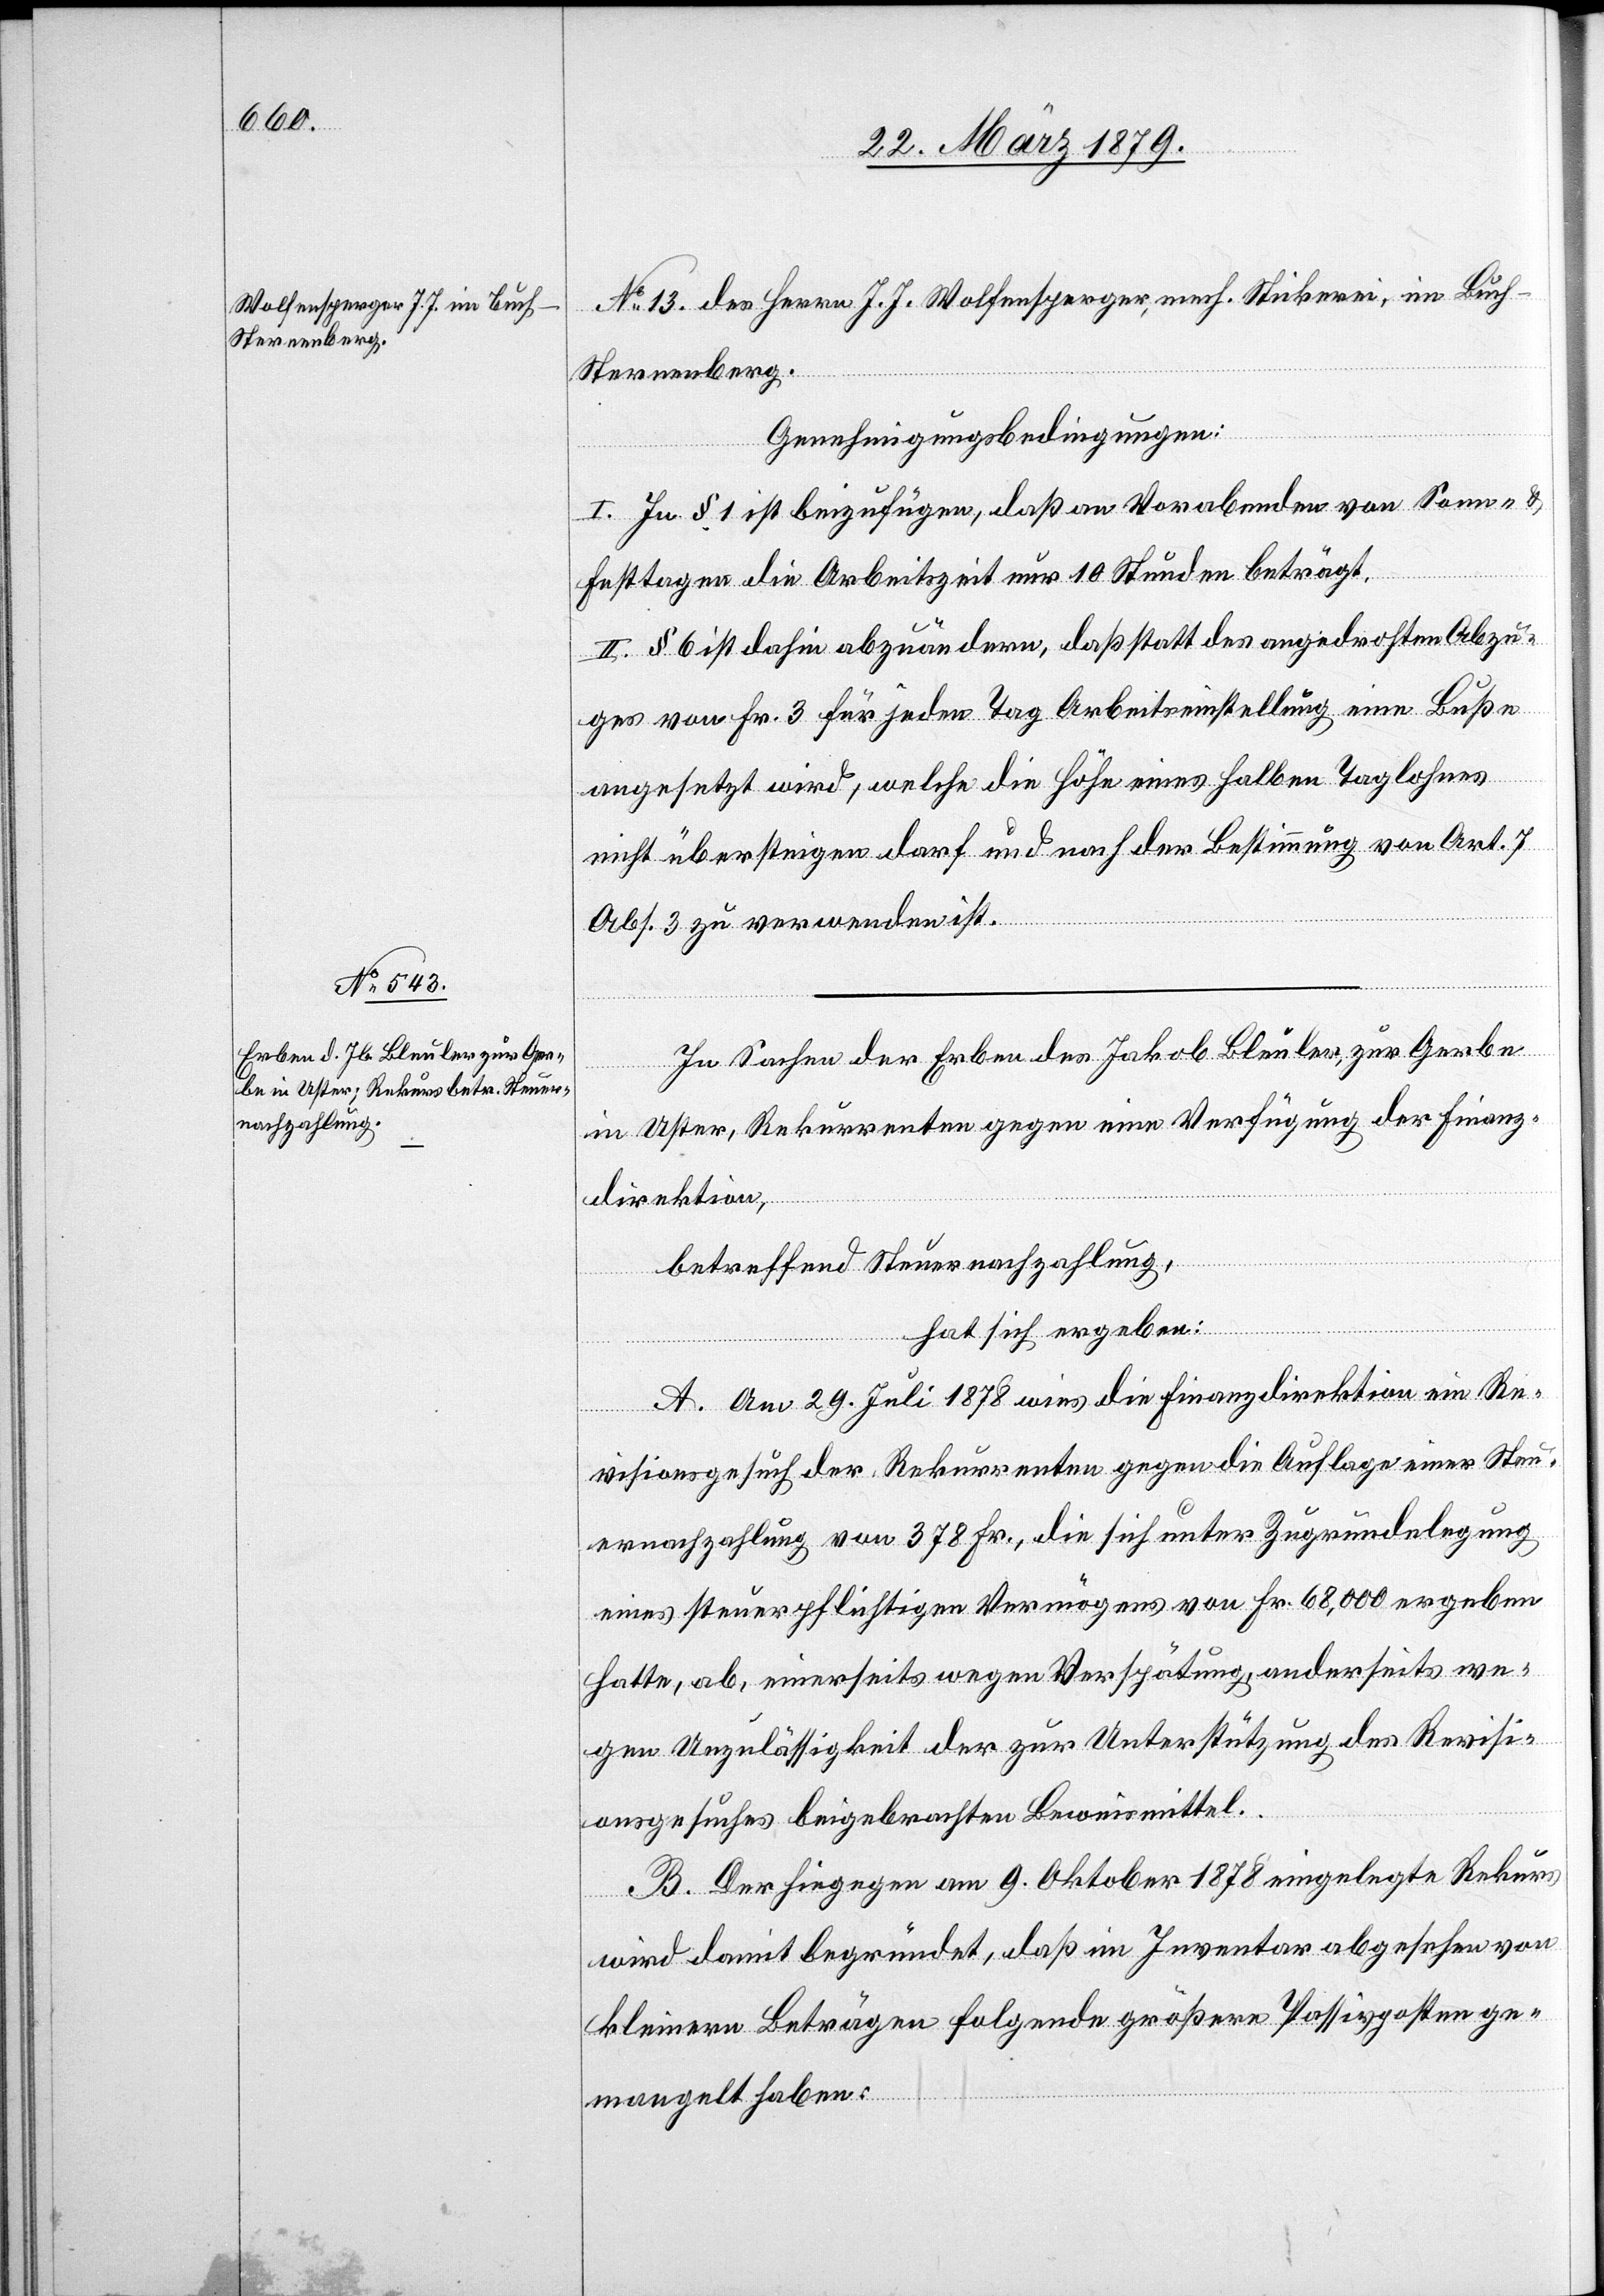
No 13. des Herrn J. J. Wolfensperger, mech. Stickerei, im Buch
Sternenberg.
Genehmigungsbedingungen:
I. In § 1 ist beizufügen, daß an Vorabenden von Sonn- &
Festtagen die Arbeitszeit nur 10 Stunden beträgt.
II. § 6 ist dahin abzuändern, daß statt des angedrohten Abzu¬
ges von Fr. 3 für jeden Tag Arbeitseinstellung eine Buße
angesetzt wird, welche die Höhe eines halben Taglohnes
nicht übersteigen darf und nach der Bestimmung von Art. 7
Abs. 3 zu verwenden ist.
In Sachen der Erben des Jakob Bleuler, zur Gerbe
in Uster, Rekurrenten gegen eine Verfügung der Finanz¬
direktion,
betreffend Steuernachzahlung,
hat sich ergeben:
A. Am 29. Juli 1878 wies die Finanzdirektion ein Re¬
visionsgesuch der Rekurrenten gegen die Auflage einer Steu¬
ernachzahlung von 378 Fr., die sich unter Zugrundelegung
eines steuerpflichtigen Vermögens von Fr. 68,000 ergeben
hatte, ab, einerseits wegen Verspätung, anderseits we¬
gen Unzulässigkeit der zur Unterstützung des Revisi¬
onsgesuches beigebrachten Beweismittel.
B. Der hiegegen am 9. Oktober 1878 eingelegte Rekurs
wird damit begründet, daß im Inventar abgesehen von
kleinern Beträgen folgende größere Passivposten ge¬
mangelt haben: